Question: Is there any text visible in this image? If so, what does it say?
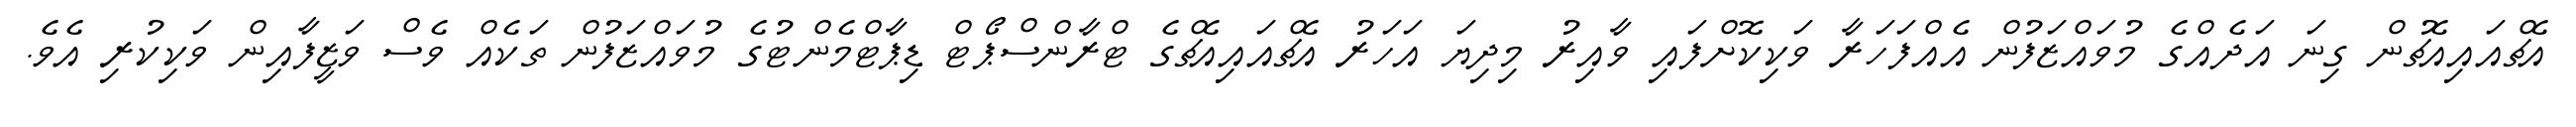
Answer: އެޗްއައިއެޗުން ގިނަ އަދެއްގެ މުވައްޒަފުން އެއްފަހަރާ ވަކިކޮށްފައި ވާއިރު މިދިޔަ އަހަރު އެޗްއައިއެޗްގެ ޓްރާންސްޕޯޓް ޑިޕާޓްމެންޓުގެ މުވައްޒަފުން ތަކެއް ވެސް ވަޒީފާއިން ވަކިކުރި އެވެ.